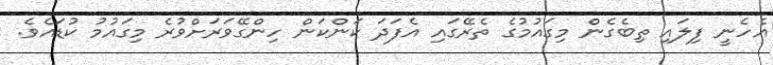
އެހެނީ ފިލައި ތިބެގެން މިގައުމުގެ ތެރޭގައި އެފަދަ ކަންކަން ހިންގޭވަރަށްވުރެ މިގައުމު ކުޑައެވެ.